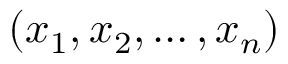
( x _ { 1 } , x _ { 2 } , \ldots , x _ { n } )